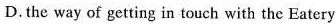
D. the way of getting in touch with the Eatery